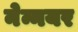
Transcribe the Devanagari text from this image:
नेन्नयर